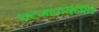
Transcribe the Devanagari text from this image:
घटनासंबंधीचे